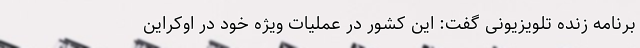
برنامه زنده تلویزیونی گفت: این کشور در عملیات ویژه خود در اوکراین